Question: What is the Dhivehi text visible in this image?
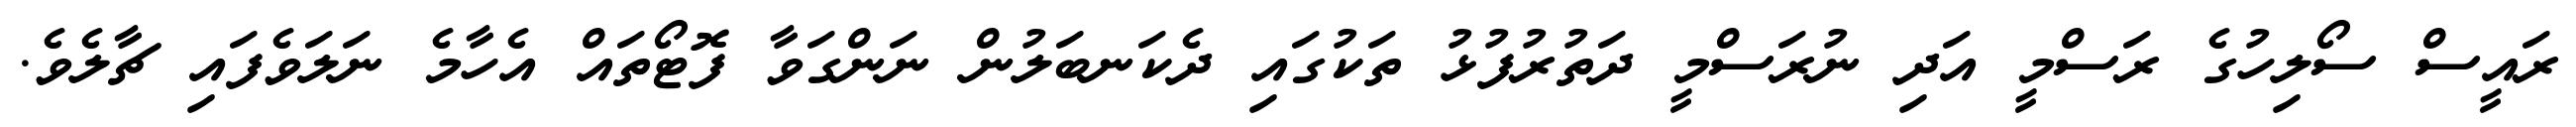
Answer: ރައީސް ސޯލިހުގެ ރަސްމީ އަދި ނުރަސްމީ ދަތުރުފުޅު ތަކުގައި ދެކަނބަލުން ނަންގަވާ ފޮޓޯތައް އެހާމެ ނަލަވެފައި ޗާލެވެ.